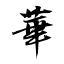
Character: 華